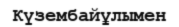
Күзембайұлымен